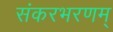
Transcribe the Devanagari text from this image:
संकरभरणम्